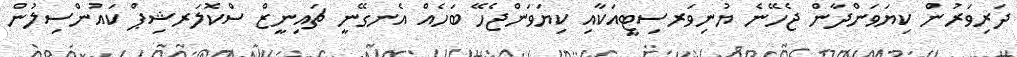
ދަރިވަރުން ކިޔަވަންދާން ޖެހޭނެ ޔުނިވަރސިޓީއަކާއި ކިޔަވަންޖެހޭ ބަހެއް އެނގޭނީ ޗައިނީޒް ސްކޮލަރޝިޕް ކައުންސިލުން